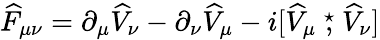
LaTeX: {\widehat F}_{\mu\nu}=\partial_{\mu}{\widehat V}_{\nu}-\partial_{\nu}{\widehat V}_{\mu}-i[{\widehat V}_{\mu}\stackrel{\star}{,}{\widehat V}_{\nu}]